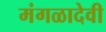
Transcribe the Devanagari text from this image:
मंगळादेवी